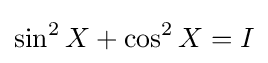
\sin ^{2}X+\cos ^{2}X=I